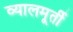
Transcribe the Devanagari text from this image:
व्यालमूर्ती